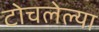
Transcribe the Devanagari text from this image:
टोचलेल्या